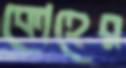
কোহের